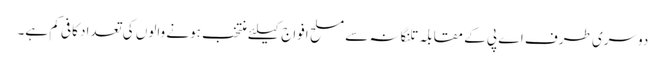
دوسری طرف اے پی کے مقابلہ تلنگانہ سے مسلح افواج کیلئے منتخب ہونے والوں کی تعداد کافی کم ہے۔